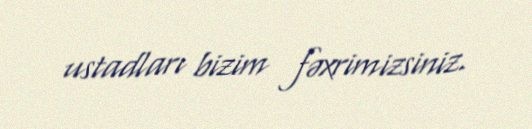
ustadları bizim fəxrimizsiniz.